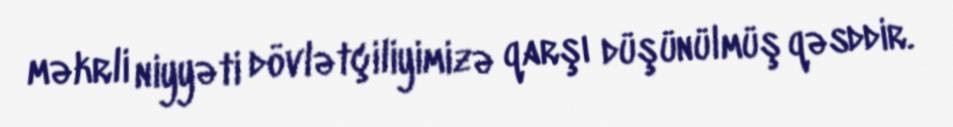
məkrli niyyəti dövlətçiliyimizə qarşı düşünülmüş qəsddir.